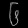
Digit: ၆